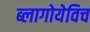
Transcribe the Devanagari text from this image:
ब्लागोयेविच